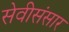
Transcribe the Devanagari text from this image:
सेवीसंसार